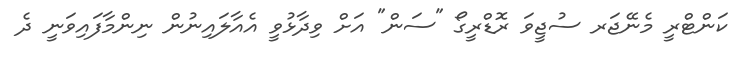
ކަންޓްރީ މެނޭޖަރ ސުޖީވަ ރޮޑްރީގޯ "ސަން" އަށް ވިދާޅުވީ އެއާލައިނުން ނިންމާފައިވަނީ ދެ